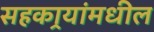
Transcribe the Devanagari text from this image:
सहकार्‍यांमधील